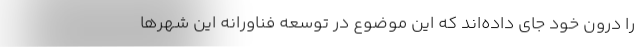
را درون خود جای داده‌اند که این موضوع در توسعه فناورانه این شهرها